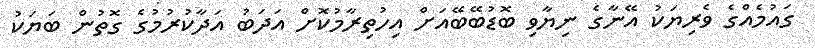
ގައުމެއްގެ ވެރިޔަކު އޭނާގެ ނިޔާވި ބޮޑުބޭބޭއަށް އިހުތިރާމުކޮށް އަދަބު އަދާކުރުމުގެ ގޮތުން ބަޔަކު